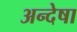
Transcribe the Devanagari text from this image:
अन्देषा